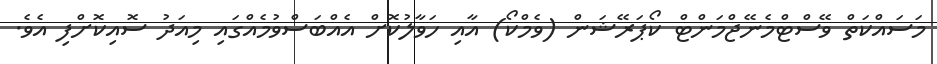
މަސައްކަތް ވޭސްޓްމެނޭޖްމަންޓް ކޯޕަރޭޝަން (ވެމްކޯ) އާއި ހަވާލުކޮށް އެއްބަސްވުމެއްގައި މިއަދު ސޮއިކޮށްފި އެވެ.